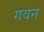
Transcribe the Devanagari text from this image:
गवन